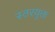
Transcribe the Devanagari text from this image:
स्तरयुक्त